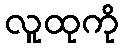
လူထုကို